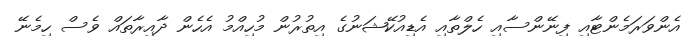
އެންވަރަމެންޓާއި ފިނޭންސާއި ހެލްތާއި އެޑިއުކޭޝަނުގެ އިތުރުން މުހިއްމު އެހެން ދާއިރާތައް ވެސް ހިމެނޭ